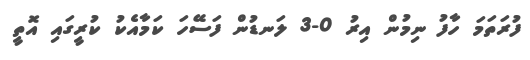
ފުރަތަމަ ހާފު ނިމުން އިރު 0-3 ލަނޑުން ފަސޭހަ ކަމާއެކު ކުރީގައި އޮތީ